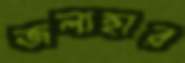
জলাহার